Leaving Certificate Examination (including Day School Certificate (Higher) General paper), 1938
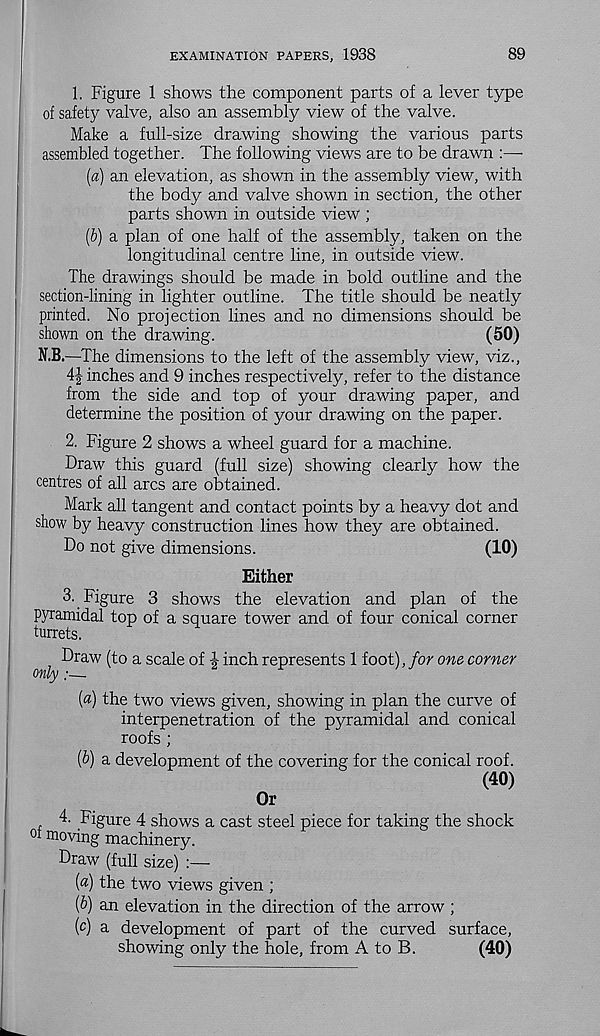
EXAMINATION PAPERS, 1938
89
1. Figure 1 shows the component parts of a lever type
of safety valve, also an assembly view of the valve.
Make a full-size drawing showing the various parts
assembled together. The following views are to be drawn :—-
[a) an elevation, as shown in the assembly view, with
the body and valve shown in section, the other
parts shown in outside view ;
(b) a plan of one half of the assembly, taken on the
longitudinal centre line, in outside view.
The drawings should be made in bold outline and the
section-lining in lighter outline. The title should be neatly
printed. No projection lines and no dimensions should be
shown on the drawing.
(50)
N.B.—The dimensions to the left of the assembly view, viz.,
4-| inches and 9 inches respectively, refer to the distance
from the side and top of your drawing paper, and
determine the position of your drawing on the paper.
2. Figure 2 shows a wheel guard for a machine.
Draw this guard (full size) showing clearly how the
centres of all arcs are obtained.
Mark all tangent and contact points by a heavy dot and
show by heavy construction lines how they are obtained.
Do not give dimensions.
(10)
Either
3. Figure 3 shows the elevation and plan of the
pyramidal top of a square tower and of four conical corner
turrets.
Draw (to a scale of J inch represents 1 foot),/or one corner
[a)
(b)
the two views given, showing in plan the curve of
interpenetration of the pyramidal and conical
roofs ;
a development of the covering for the conical roof.
(40)
Or
4. Figure 4 shows a cast steel piece for taking the shock
0 m°v ing machinery.
Draw (full size) :—
(«) the two views given ;
/) an elevation in the direction of the arrow ;
( c ) a development of part of the curved surface,
showing only the hole, from A to B.
(40)